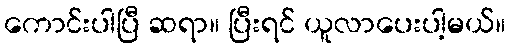
ကောင်းပါပြီ ဆရာ။ ပြီးရင် ယူလာပေးပါ့မယ်။